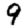
Digit: 9